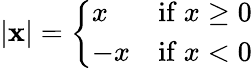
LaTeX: \textstyle|\mathbf{x}|={\left\{ \begin{array}{ll}{x}&{{\mathrm{if~}}x\geq 0}\\ {-x}&{{\mathrm{if~}}x<0}\end{array}\right.}